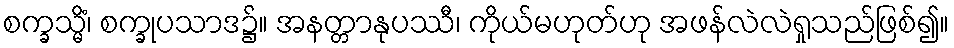
စက္ခသ္မိံ၊ စက္ခုပသာဒ၌။ အနတ္တာနုပဿီ၊ ကိုယ်မဟုတ်ဟု အဖန်လဲလဲရှုသည်ဖြစ်၍။